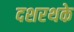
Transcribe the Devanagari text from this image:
दशरथके